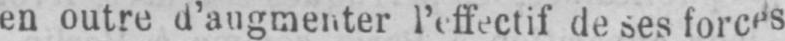
en outre d’augmenter l’effectif de ses forces